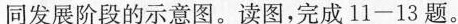
同发展阶段的示意图。读图，完成11-13题。